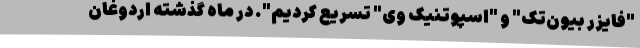
"فایزر بیون‌تک" و "اسپوتنیک وی" تسریع کردیم". در ماه گذشته اردوغان